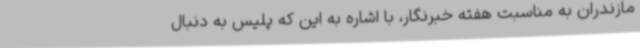
مازندران به مناسبت هفته خبرنگار، با اشاره به این که پلیس به دنبال